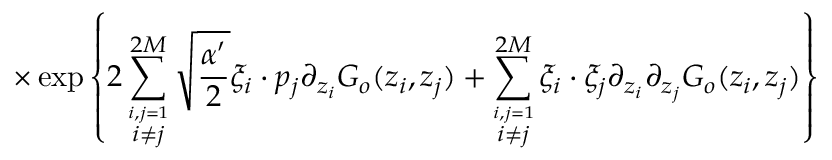
\times \exp \left\{ \displaystyle 2 \sum _ { \stackrel { i , j = 1 } { i \neq j } } ^ { 2 M } \sqrt { \displaystyle \frac { \alpha ^ { \prime } } { 2 } } \xi _ { i } \cdot p _ { j } \partial _ { z _ { i } } G _ { o } ( z _ { i } , z _ { j } ) + \displaystyle \sum _ { \stackrel { i , j = 1 } { i \neq j } } ^ { 2 M } \xi _ { i } \cdot \xi _ { j } \partial _ { z _ { i } } \partial _ { z _ { j } } G _ { o } ( z _ { i } , z _ { j } ) \right\}